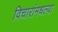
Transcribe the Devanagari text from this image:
विचारांमधल्या